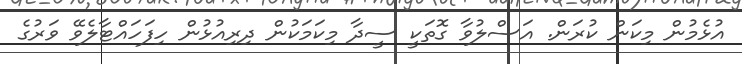
އުޅެމުން މިކަން ކުރަން. އަސްލުވާ ގޮތަކީ ސީދާ މިކަމަކުން ދިރިއުޅުން ހިފަހައްޓާލެވޭ ވަރުގެ